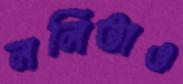
ললিতাও